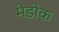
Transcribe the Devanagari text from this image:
मेडोक